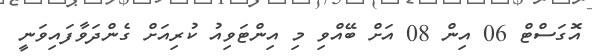
އޮގަސްޓް 06 އިން 08 އަށް ބޭއްވި މި އިންޓަވިއު ކުރިއަށް ގެންދަވާފައިވަނީ